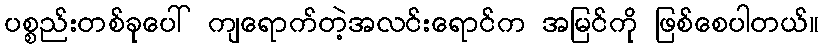
ပစ္စည်းတစ်ခုပေါ် ကျရောက်တဲ့အလင်းရောင်က အမြင်ကို ဖြစ်စေပါတယ်။